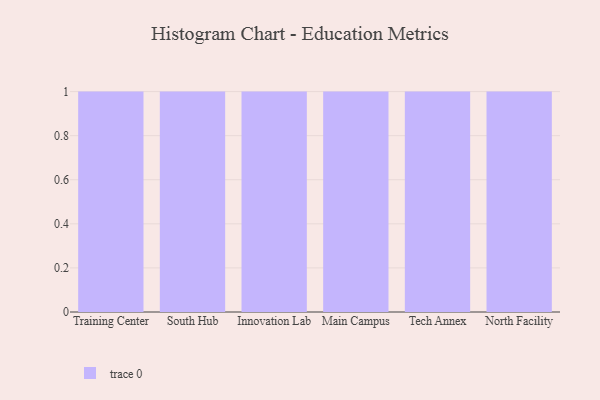
{"axis": {"x": "Campus", "y": "Demand Index"}, "legend": [""], "data": [{"x": "Training Center", "y": 51, "type": ""}, {"x": "South Hub", "y": 60, "type": ""}, {"x": "Innovation Lab", "y": 38, "type": ""}, {"x": "Main Campus", "y": 40, "type": ""}, {"x": "Tech Annex", "y": 73, "type": ""}, {"x": "North Facility", "y": 4, "type": ""}]}